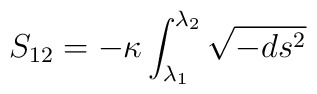
S_{12} = -\kappa \int^{\lambda_2}_{\lambda_1} \sqrt{-ds^2}